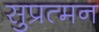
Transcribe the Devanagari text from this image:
सुप्रत्मन